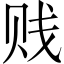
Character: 贱